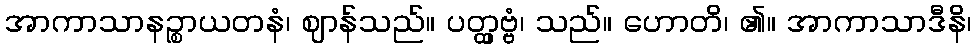
အာကာသာနဉ္စာယတနံ၊ ဈာန်သည်။ ပတ္တှဗ္ဗံ၊ သည်။ ဟောတိ၊ ၏။ အာကာသာဒီနိ၊